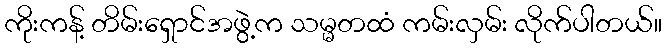
ကိုးကန့် တိမ်းရှောင်အဖွဲ့က သမ္မတထံ ကမ်းလှမ်း လိုက်ပါတယ်။